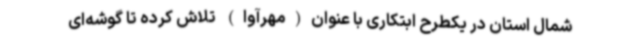
شمال استان در یکطرح ابتکاری با عنوان(مهرآوا) تلاش کرده تا گوشه‌ای